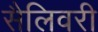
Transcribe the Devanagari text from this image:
सैलिवरी